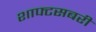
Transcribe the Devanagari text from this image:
शाफ्टसबरी